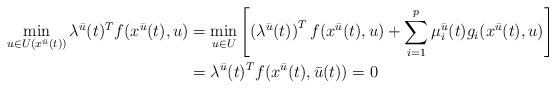
LaTeX: \begin{align*}\begin{aligned}\min_{u\in U(x^{\bar{u}}(t))} \lambda^{\bar{u}}(t)^T f(x^{\bar{u}}(t),u) &=\min_{u\in U} \left[ \left(\lambda^{\bar{u}}(t) \right)^T f(x^{\bar{u}}(t),u) + \sum_{i=1}^{p} \mu_{i}^{\bar{u}}(t)g_{i}(x^{\bar{u}}(t),u)\right] \\&= \lambda^{\bar{u}}(t)^T f(x^{\bar{u}}(t),\bar{u}(t)) = 0\end{aligned}\end{align*}